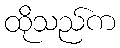
ထိုသည်က